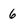
Character: 6